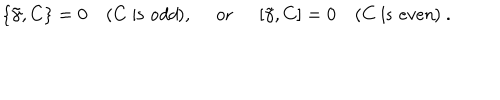
LaTeX: \left\{ \tilde { \gamma } , C \right\} = 0 \quad ( C \ \mathrm { i s \ { \it o d d } } ) , \quad \ \mathrm { o r } \ \quad \left[ \tilde { \gamma } , C \right] = 0 \quad ( C \ \mathrm { i s \ { \it e v e n } } ) \ .